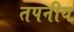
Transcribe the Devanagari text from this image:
तपनीय